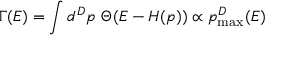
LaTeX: \Gamma ( E ) = \int d ^ { D } p \ \Theta ( E - H ( p ) ) \propto p _ { \mathrm { m a x } } ^ { D } ( E )